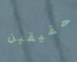
حقيقين